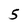
Character: 5